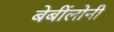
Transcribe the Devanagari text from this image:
बेबींलोनी